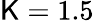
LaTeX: \mathsf{K}=1.5